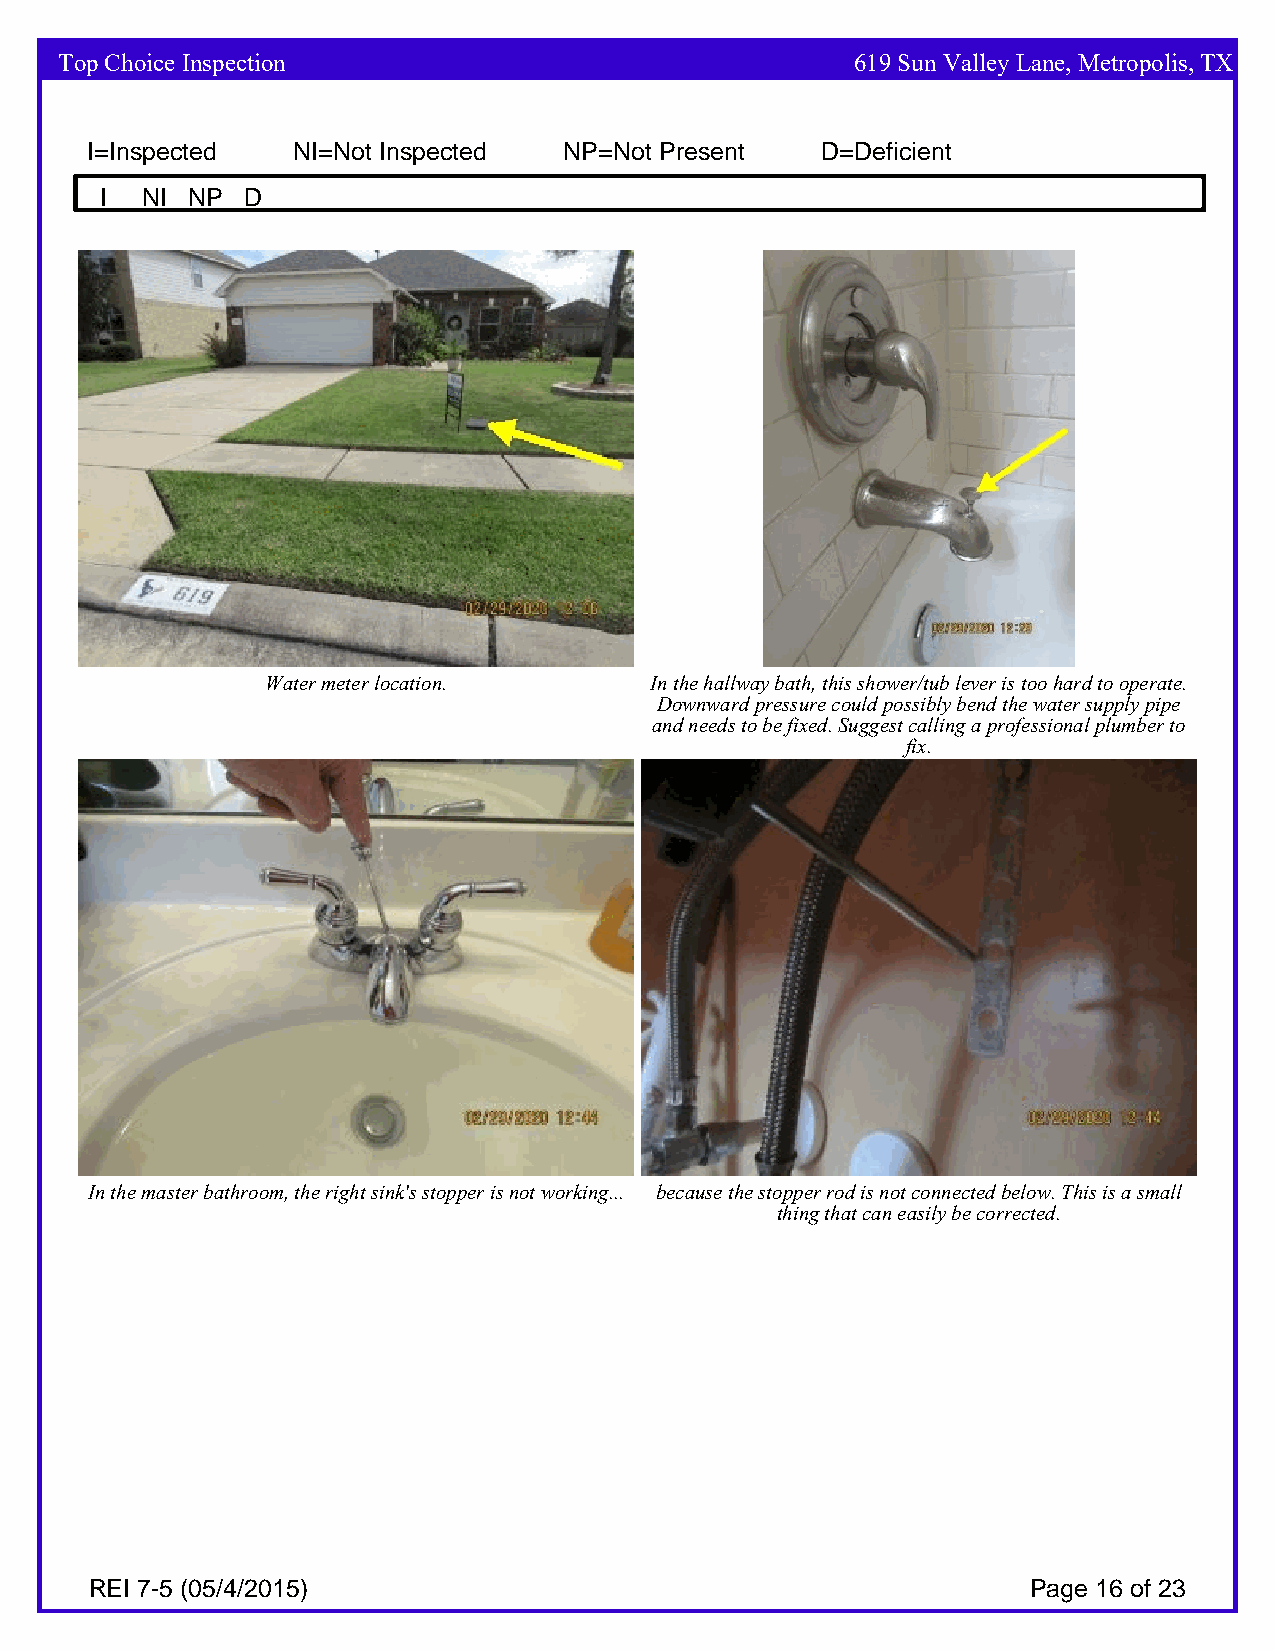
Top Choice Inspection                                619 Sun Valley Lane, Metropolis, TX
 I=Inspected  NI=Not Inspected  NP=Not Present   D=Deficient
 I NI NP  D
 Water meter location.    In the hallway bath, this shower/tub lever is too hard to operate.
 Downward pressure could possibly bend the water supply pipe
 and needs to be fixed. Suggest calling a professional plumber to
 fix.
 In the master bathroom, the right sink's stopper is not working... because the stopper rod is not connected below. This is a small
 thing that can easily be corrected.
 REI 7-5 (05/4/2015)                                           Page 16 of 23